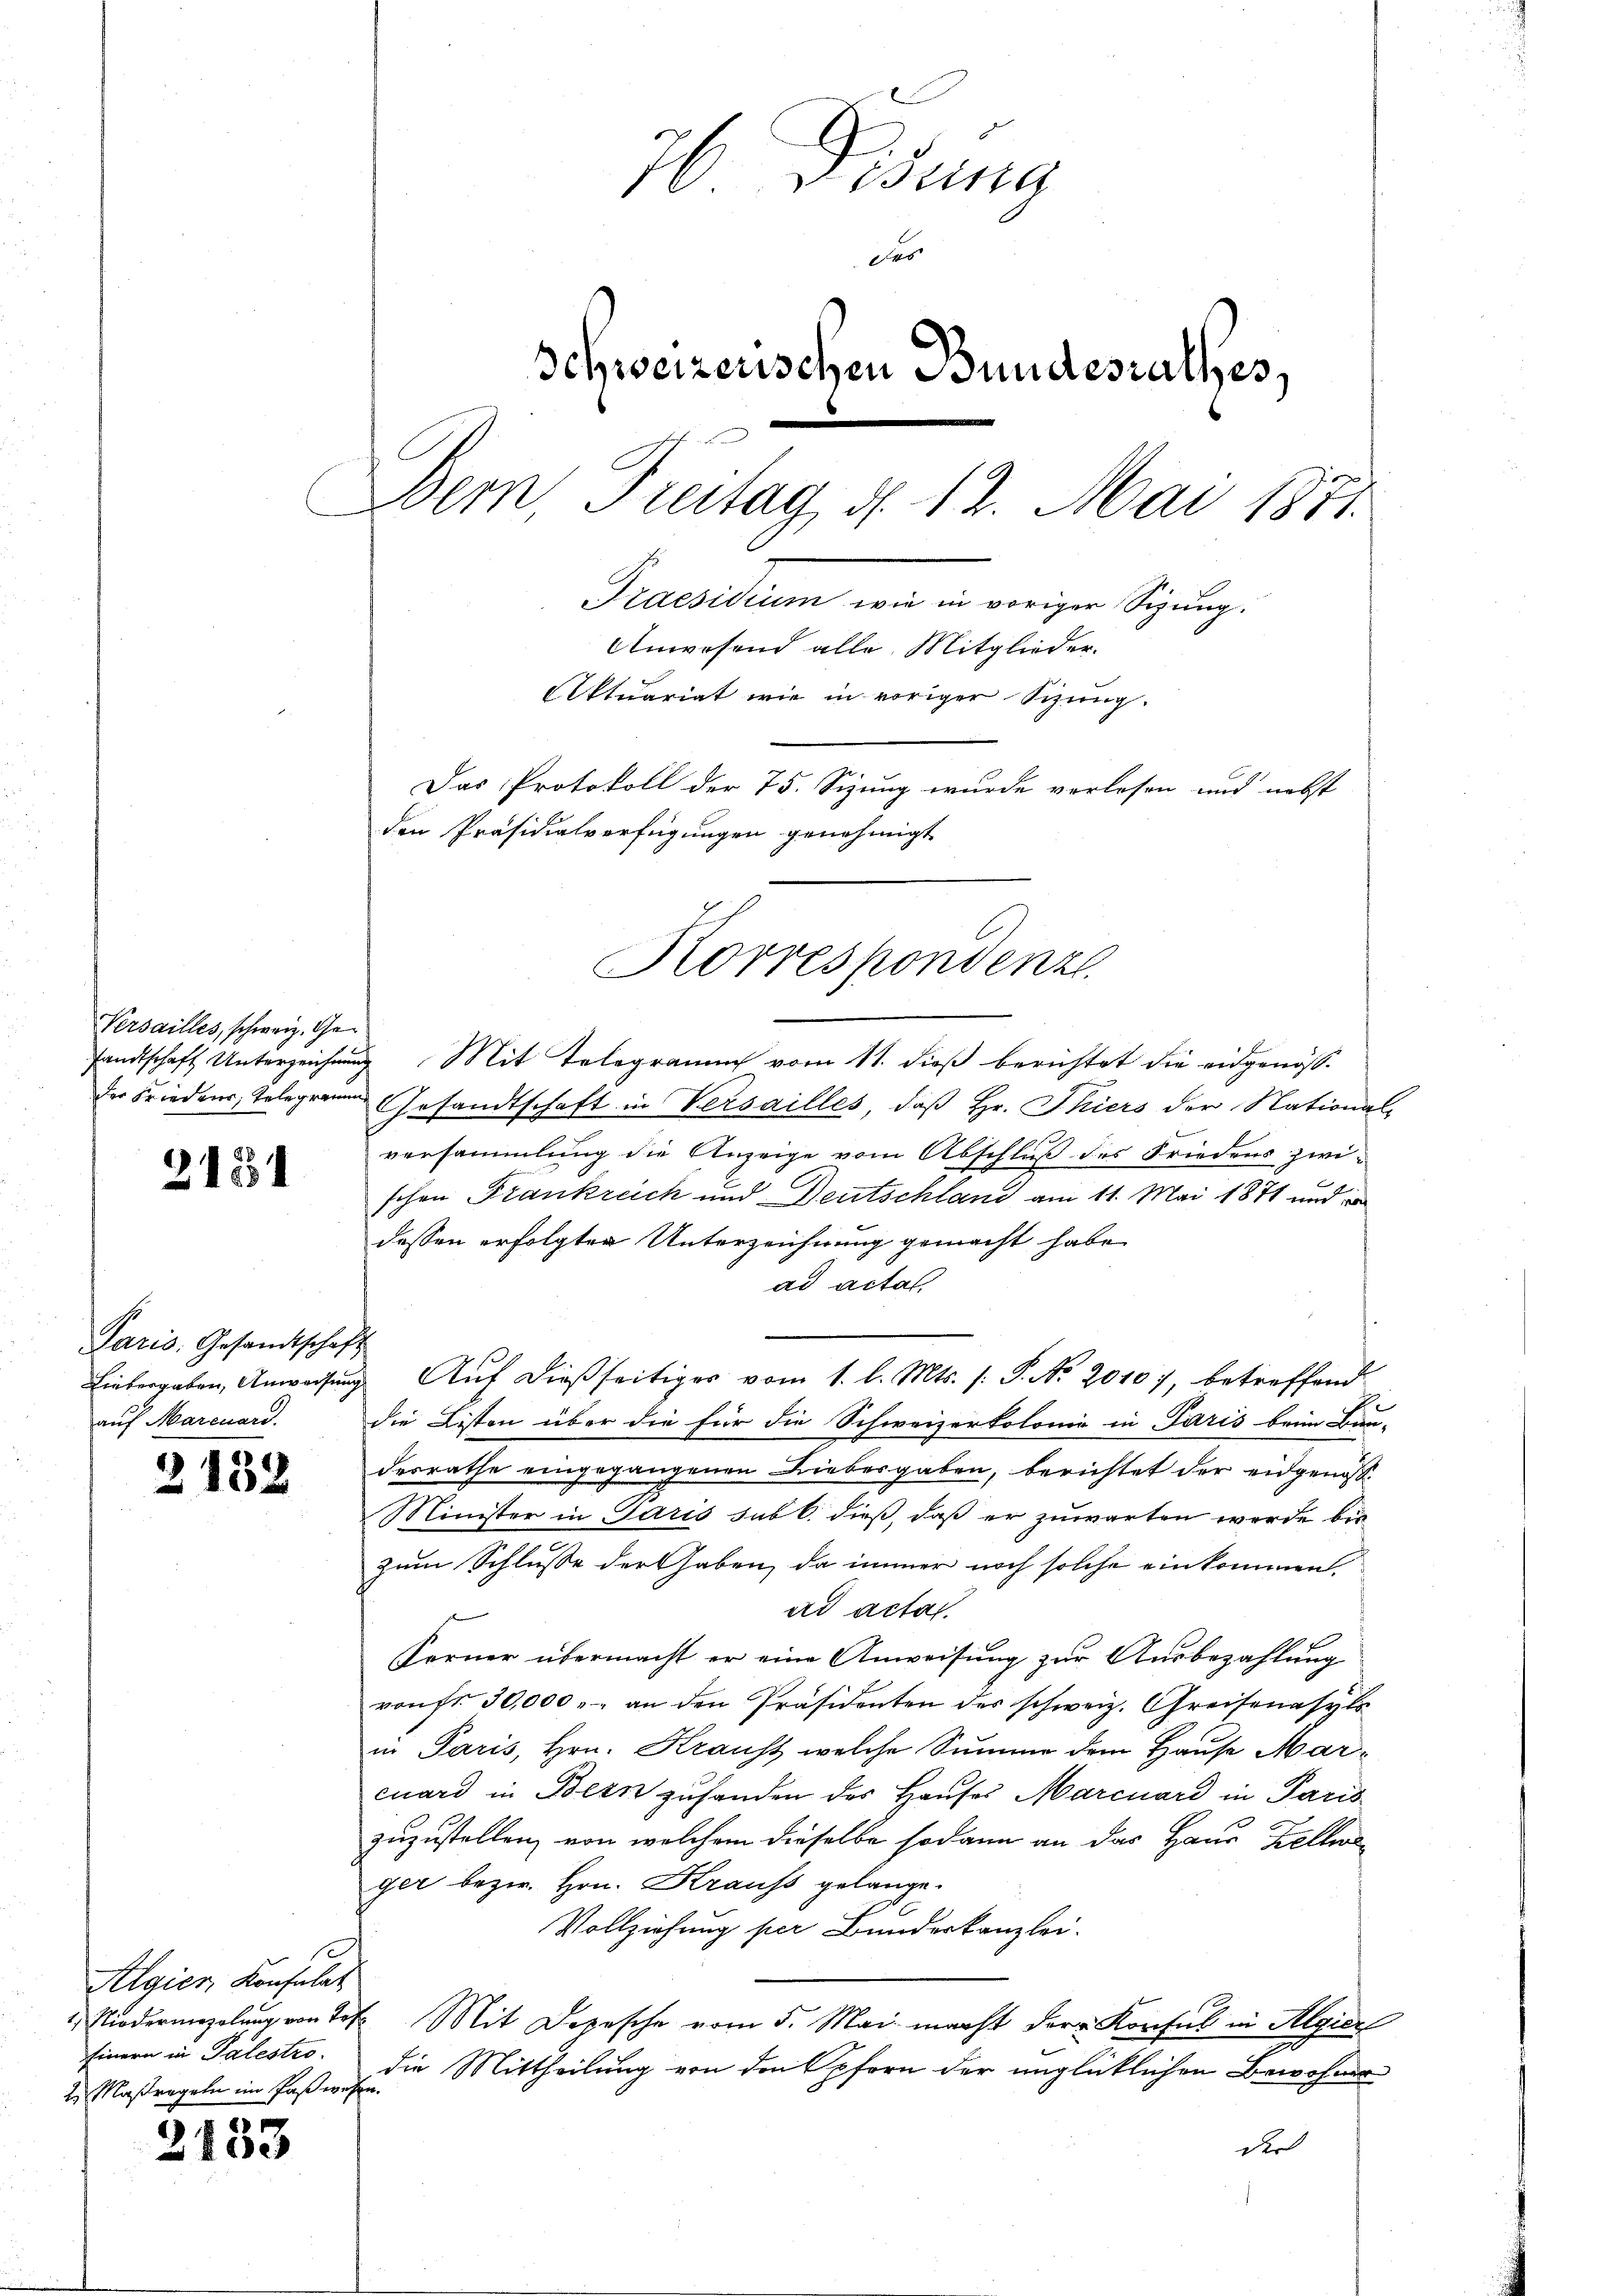
Versailles, schweiz. Ge¬

2131

Paris, Gesandtschaft
auf Marcuard.

152

Algien Konsulat
Einern in Palestro
2 Maßregeln im Paßwesen.

2133

76 Fisung
das
Schweizerischen Bundesrathes,
Bern, Freitag d. 12. Mai 1871
Praesidium wie in voriger Sizung.
Anwesend alle Mitglieder.
Aktuariat wie in voriger Sizung.
Das Protokoll der 75. Sizung wurde verlesen und nebst
den Präsidialverfügungen genehmigt

sandtschaft Unterzeichnŭng Mit Telegramm vom 11. dieß berichtet die eidgenösder Friedens, telegramm Gesandtschaft in Versailles, daß Hr. Thiers der National-
versammlung die Anzeige vom Abschluß des Friedens zwi-
schon Frankreich und Deutschland am 11. Mai 1871 und d
dessen erfolgter Unterzeichnung gemacht habe
ad actal.
Linbergaben, Anweisŭng Aŭf dießseitiger vom 1. l. Mts. /: P. Nr. 20107, betreffend
die Listen über die für die Schweizerkolonie in Paris beim Bau-
desrathe eingegangenen Liebesgaben, berichtet der eidgenoss
Minister in Paris sub b. dieß, daß er zuwarten werde bin
zum Schlusse der haben, da immer noch solche einkommen.
ad acta.
Ferner übermacht er eine Anweisung zur Ausbezahlung
von fr. 30,000. an den Präsidenten des schweiz. Greifenasyls
in Paris, Hrn. Krauss welche Summe dem Hause Marcuard in Bern zufanden des Hauses Marcuard in Paris
zuzustellen, von welchem dieselbe sodann an das Haus Zellwe
ger bezw. Hrn. Krauss gelange.
Vollziehung per Bunderkanzlei.
 Niedermazolŭng von Tit. Mit Depesche vom 5. Mai macht der Konsul in Algier
.
die Mittheilung von den Opfern der unglücklichen Bewohner
der

Korrespondenze